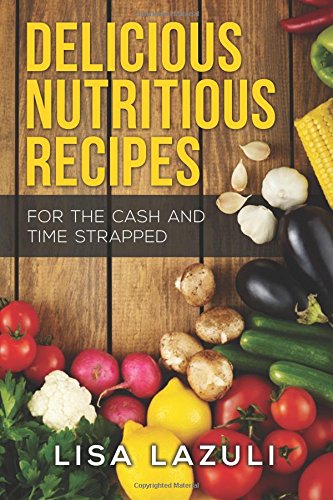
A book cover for Delicious Nutritious Recipes; Lisa Lazuli; Cookbooks, Food & Wine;